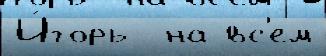
И́горь  на вс'ем